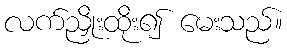
လက်ညှိုးထိုး၍ မေးသည်။